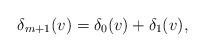
LaTeX: \begin{align*} \delta_{m+1}(v)=\delta_0(v)+\delta_1(v),\end{align*}